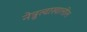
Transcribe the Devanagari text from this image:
नेत्रुत्वाखालील